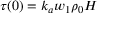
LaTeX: \tau ( 0 ) = k _ { a } w _ { 1 } \rho _ { 0 } H